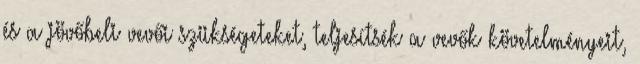
és a jövőbeli vevői szükségeteket, teljesítsék a vevők követelményeit,